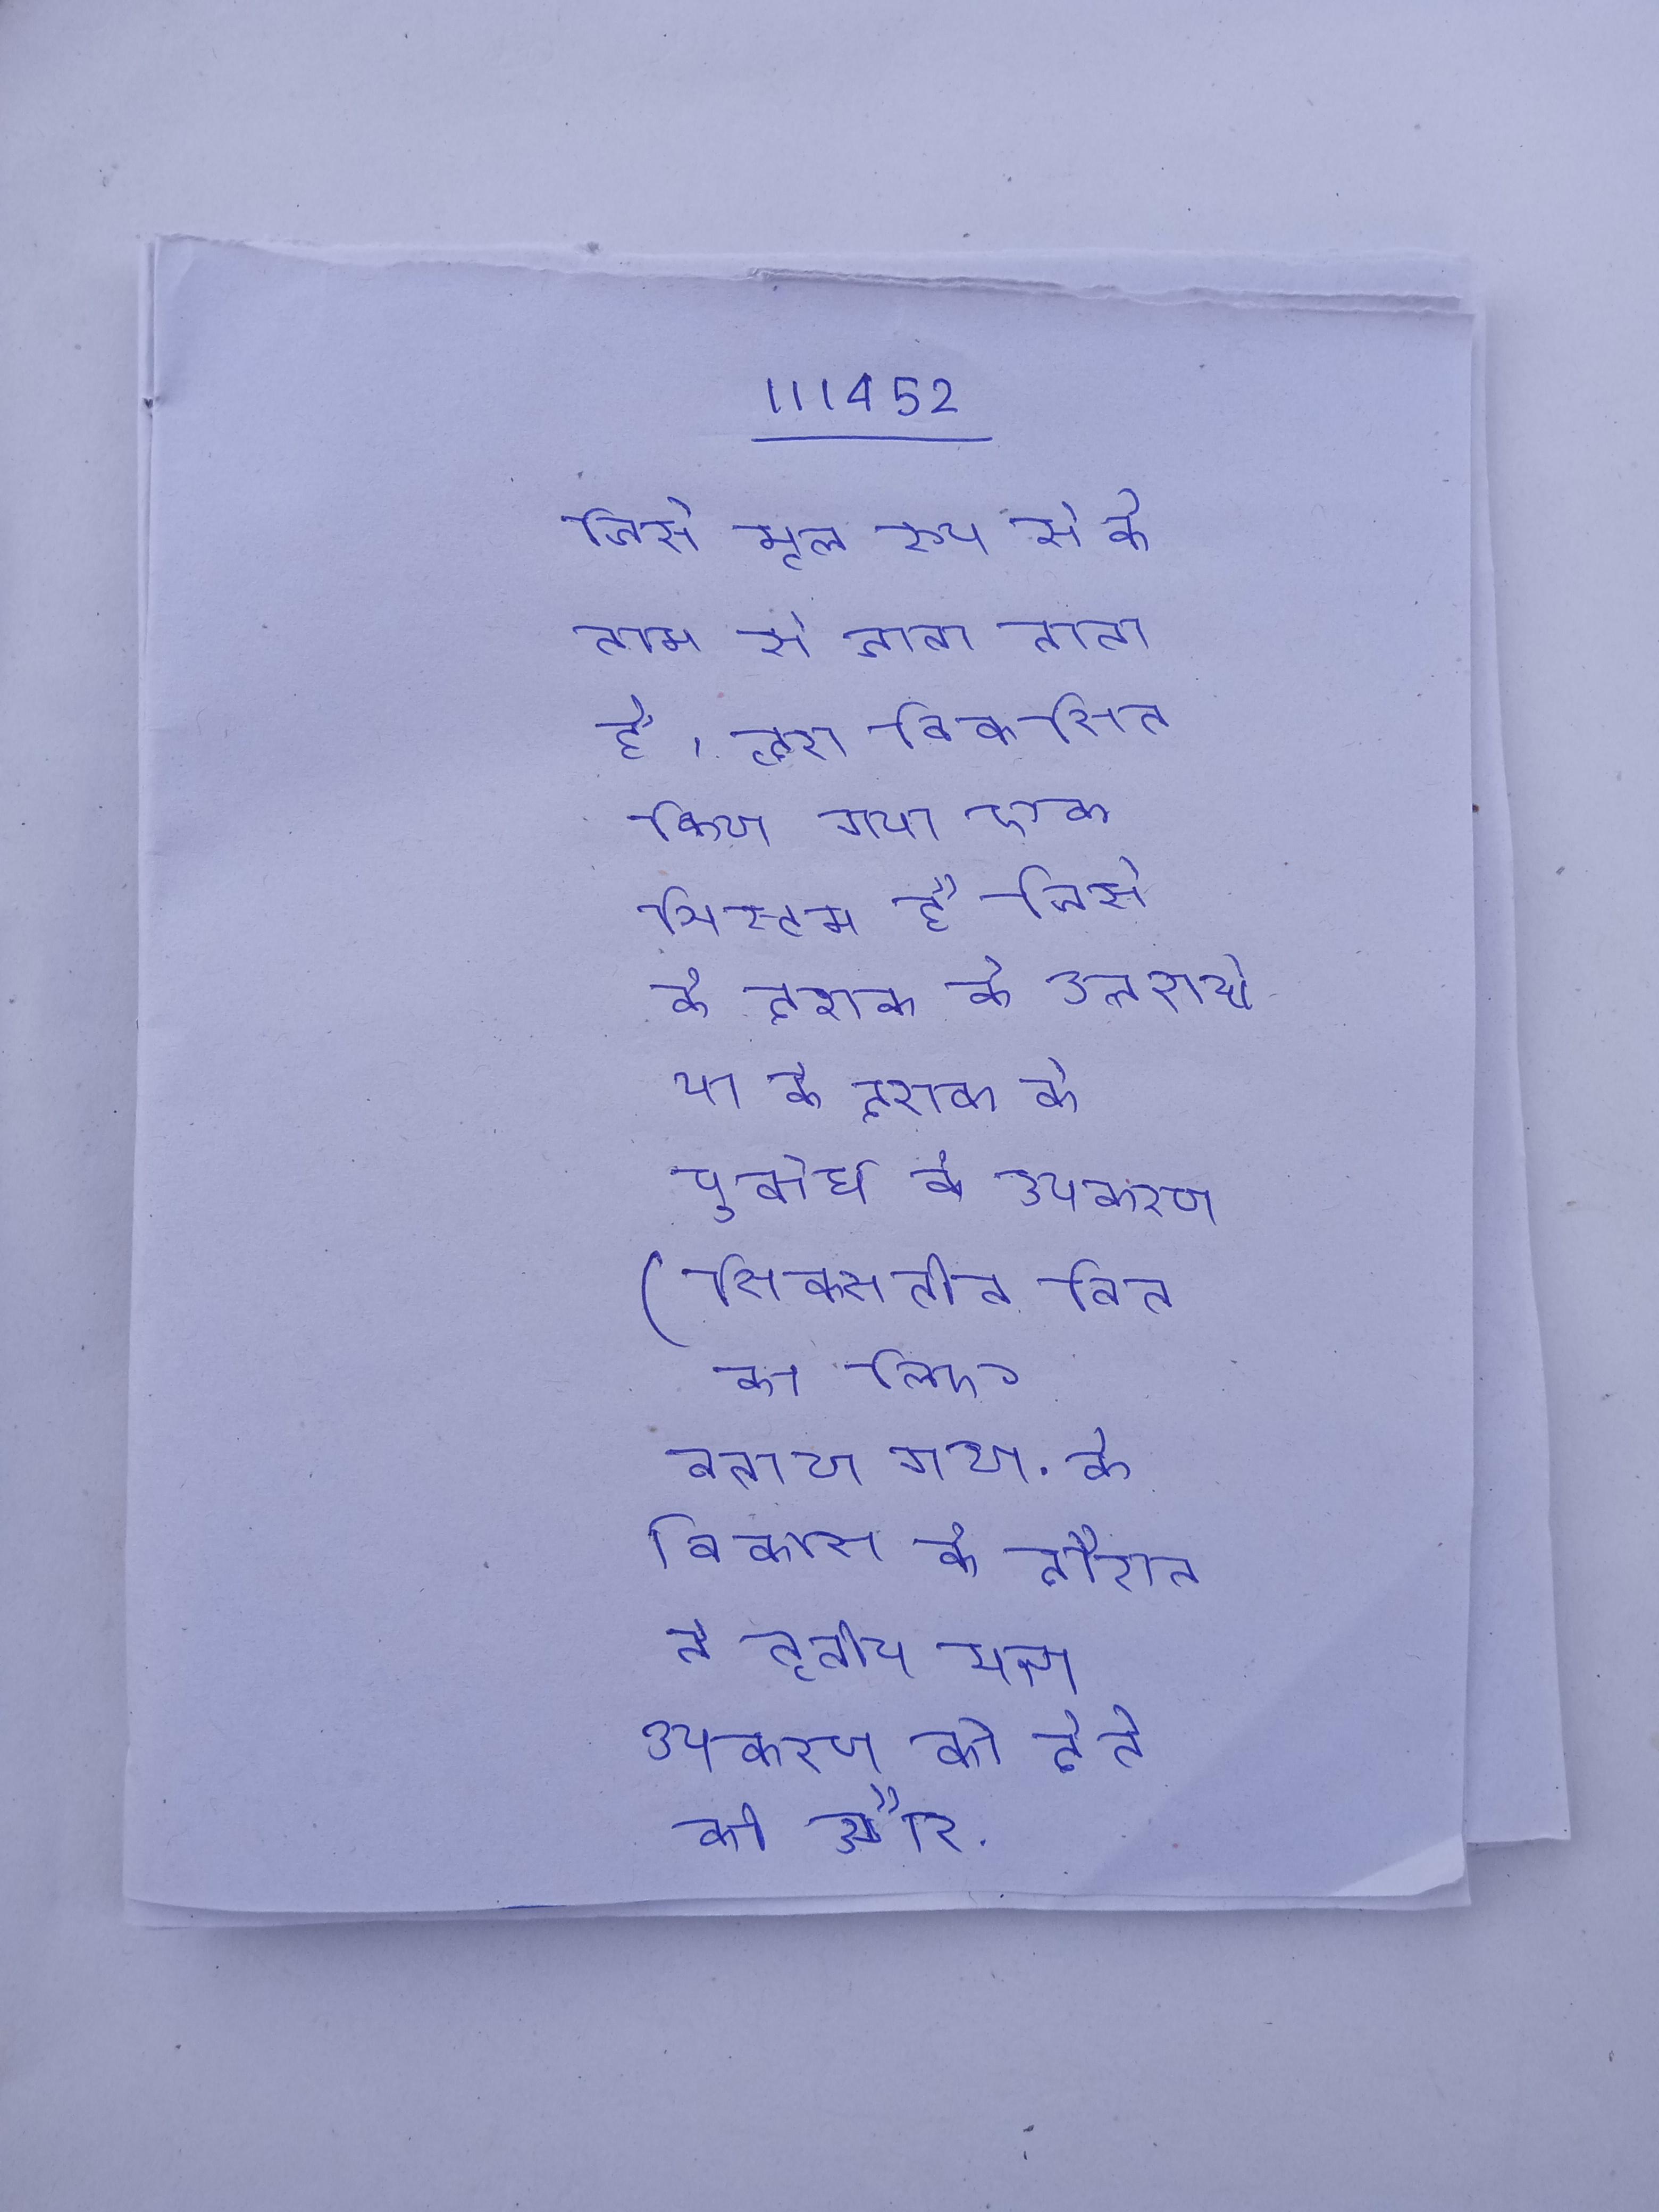
जिसे मूल रूप से के नाम से जाना जाता है, द्वारा विकसित किया गया एक सिस्टम है जिसे के दशक के उत्तरार्ध या के दशक के पूर्वार्ध के उपकरण (सिक्सटीन बिट के लिए बनाया गया . के विकास के दौरान, ने तृतीय पक्ष उपकरण को देने की और सॉफ्टवेयर के रूप सॉफ्टवेयर विभाग का अतिरिक्त उत्पाद करने की योजना बनाई .